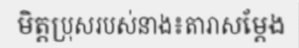
មិត្តប្រុសរបស់នាង៖តារាសម្តែង